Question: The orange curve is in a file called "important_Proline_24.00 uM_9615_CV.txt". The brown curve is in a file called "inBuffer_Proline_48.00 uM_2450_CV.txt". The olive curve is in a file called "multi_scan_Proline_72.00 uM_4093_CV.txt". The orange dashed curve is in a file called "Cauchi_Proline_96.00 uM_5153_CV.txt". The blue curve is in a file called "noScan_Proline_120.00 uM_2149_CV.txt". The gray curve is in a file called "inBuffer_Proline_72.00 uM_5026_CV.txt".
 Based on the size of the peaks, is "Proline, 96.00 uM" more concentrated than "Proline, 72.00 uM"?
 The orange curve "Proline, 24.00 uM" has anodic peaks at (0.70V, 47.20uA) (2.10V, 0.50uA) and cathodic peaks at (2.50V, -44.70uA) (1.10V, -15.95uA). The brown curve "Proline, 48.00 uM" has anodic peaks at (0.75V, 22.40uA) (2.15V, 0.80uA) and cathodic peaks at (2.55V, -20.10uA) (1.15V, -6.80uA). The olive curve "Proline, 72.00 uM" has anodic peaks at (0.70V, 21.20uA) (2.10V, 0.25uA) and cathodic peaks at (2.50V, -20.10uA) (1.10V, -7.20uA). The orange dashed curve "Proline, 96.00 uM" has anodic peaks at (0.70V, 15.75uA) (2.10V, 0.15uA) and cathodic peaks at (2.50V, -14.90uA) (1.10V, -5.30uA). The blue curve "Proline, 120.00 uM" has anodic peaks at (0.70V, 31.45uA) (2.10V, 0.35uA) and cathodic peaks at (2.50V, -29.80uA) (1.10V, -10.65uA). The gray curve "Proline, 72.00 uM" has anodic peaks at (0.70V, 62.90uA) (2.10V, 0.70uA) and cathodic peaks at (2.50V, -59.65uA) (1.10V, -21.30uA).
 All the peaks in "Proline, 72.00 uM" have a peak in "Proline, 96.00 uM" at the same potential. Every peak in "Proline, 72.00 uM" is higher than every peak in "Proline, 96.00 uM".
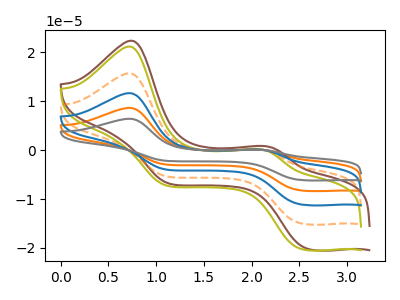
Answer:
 <answer>"Proline, 72.00 uM" has more signal than "Proline, 96.00 uM" and so likely has a higher concentration.</answer>
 <eval>more_concentration</eval>